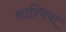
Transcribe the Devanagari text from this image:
सान्चिया